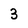
Character: 3